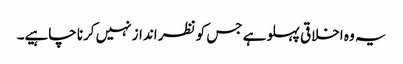
یہ وہ اخلاقی پہلو ہے جس کو نظر انداز نہیں کرنا چاہیے۔